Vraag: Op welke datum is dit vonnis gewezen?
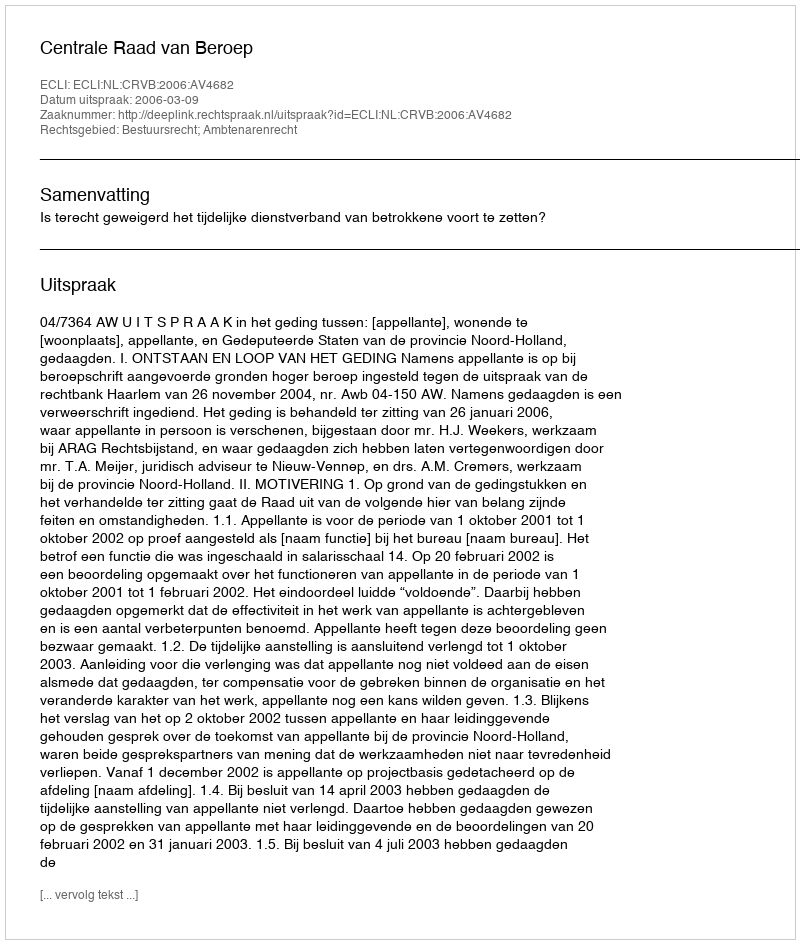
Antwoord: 2006-03-09